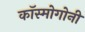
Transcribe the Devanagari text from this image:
कॉस्मोगोनी